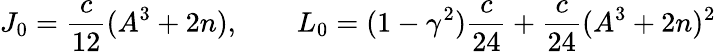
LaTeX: J_{0}=\frac{c}{12}(A^{3}+2n),\qquad L_{0}=(1-\gamma^{2})\frac{c}{24}+\frac{c}{24}(A^{3}+2n)^{2}